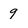
Character: 9